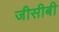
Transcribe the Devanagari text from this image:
जीसीबी